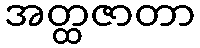
အတ္ထဇာတာ